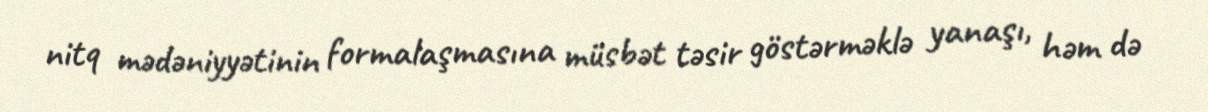
nitq mədəniyyətinin formalaşmasına müsbət təsir göstərməklə yanaşı, həm də